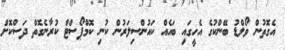
އެގޮތުން ވޯލްޑު ބޭންކުގެ އެހީގައި ބައެއް ކައުންސިލަރުން ކުނި ކޮމްޕޯސްޓް ކުރާނެގޮތް ދަސްކޮށް